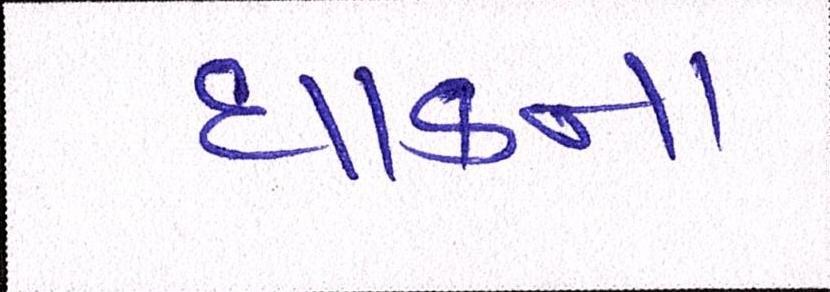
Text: ધાકના